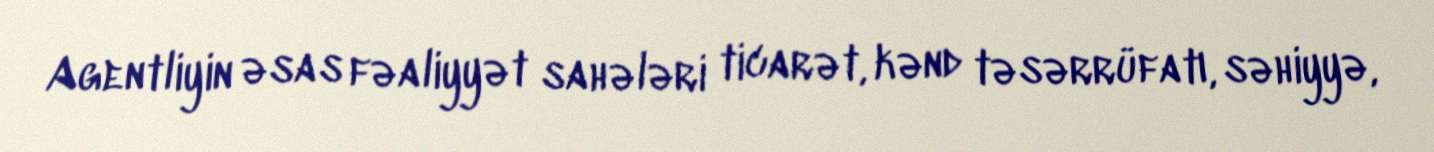
Agentliyin əsas fəaliyyət sahələri ticarət, kənd təsərrüfatı, səhiyyə,